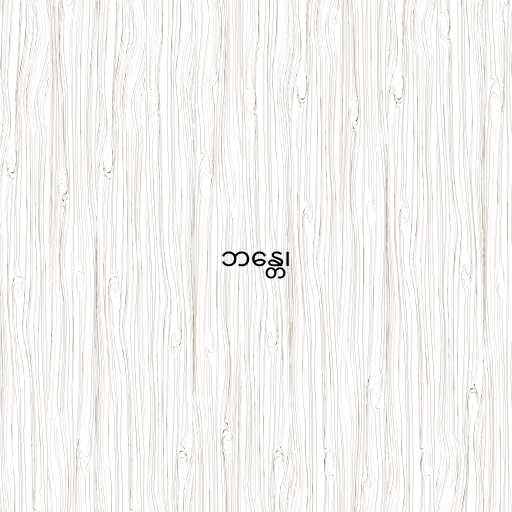
ဘန္တေ၊